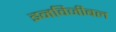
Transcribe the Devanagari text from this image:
इनविजीबल